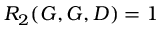
R _ { 2 } ( G , G , D ) = 1